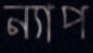
ন্যাপ